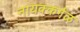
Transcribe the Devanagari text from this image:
नायक्कर्गळ